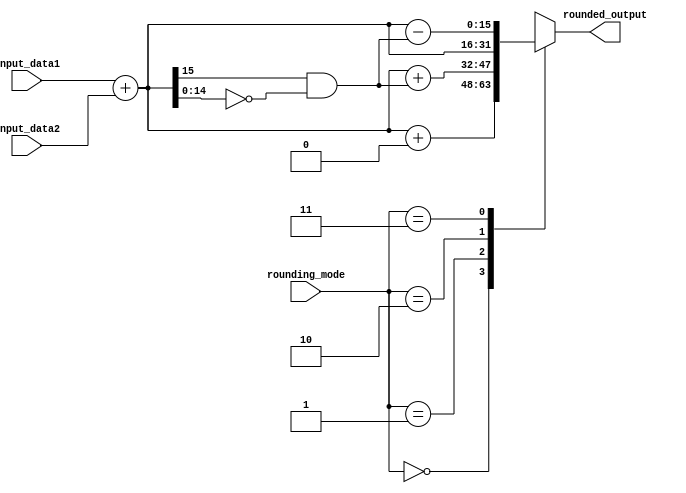
module fixed_point_rounding_unit (
    input signed [15:0] input_data1,
    input signed [15:0] input_data2,
    input [1:0] rounding_mode,
    output reg signed [15:0] rounded_output
);

wire signed [31:0] result;

always @(*) begin
    result = input_data1 + input_data2;

    case(rounding_mode)
        2'b00: rounded_output = $signed(result) + 1'b0;
        2'b01: rounded_output = $signed(result) + (result[15] & ~result[14:0]);
        2'b10: rounded_output = $signed(result);
        2'b11: rounded_output = $signed(result) - (result[15] & ~result[14:0]);
    endcase
end

endmodule